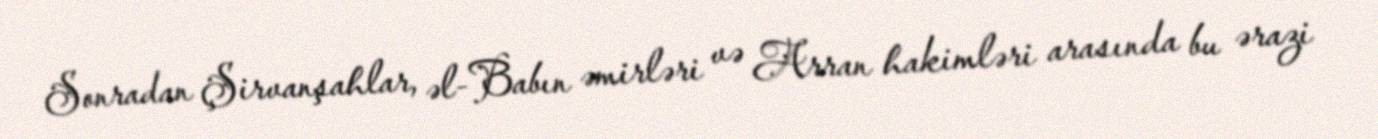
Sonradan Şirvanşahlar, əl-Babın əmirləri və Arran hakimləri arasında bu ərazi